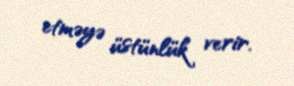
etməyə üstünlük verir.